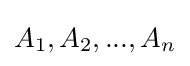
A_{1},A_{2},...,A_{n}